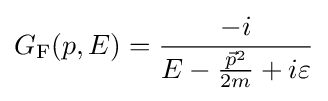
G_{\text{F}}(p,E)={\frac {-i}{E-{\frac {{\vec {p}}^{2}}{2m}}+i\varepsilon }}